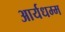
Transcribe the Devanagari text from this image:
आर्यधम्म